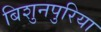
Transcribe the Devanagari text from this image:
बिशुनपुरिया